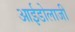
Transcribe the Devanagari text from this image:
आईडोलाजी